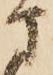
さ